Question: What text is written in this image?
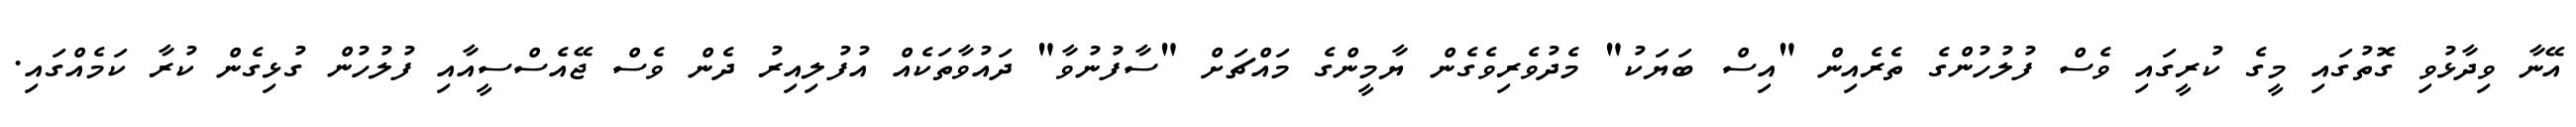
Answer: އޭނާ ވިދާޅުވި ގޮތުގައި މީގެ ކުރީގައި ވެސް ފުލުހުންގެ ތެރެއިން "އިސް ބަޔަކު" މެދުވެރިވެގެން ޔާމީންގެ މައްޗަށް "ސާފުނުވާ" ދައުވާތަކެއް އުފުލިއިރު ދެން ވެސް ޖޭއެސްސީއާއި ފުލުހުން ގުޅިގެން ކުރާ ކަމެއްގައި.